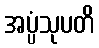
အပ္ပံသုပတိ